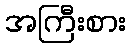
အကြီးစား